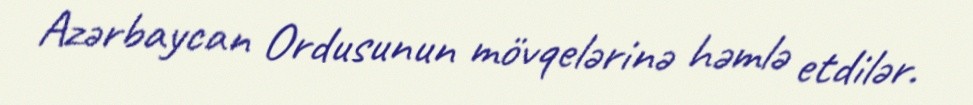
Azərbaycan Ordusunun mövqelərinə həmlə etdilər.